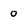
Character: 0